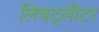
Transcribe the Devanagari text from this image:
लिचट्लीटर